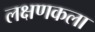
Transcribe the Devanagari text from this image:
लक्षणकला